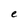
Character: e